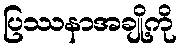
ပြဿနာအချို့ကို